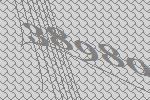
38980